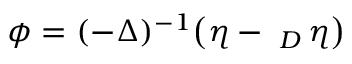
\phi = ( - \Delta ) ^ { - 1 } \big ( \eta - \fint _ { D } \eta \big )